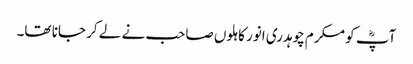
آپؓ کو مکرم چوہدری انور کاہلوں صاحب نے لے کر جانا تھا۔